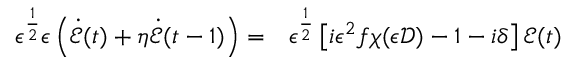
\begin{array} { r l } { \epsilon ^ { \frac { 1 } { 2 } } \epsilon \left( \dot { \mathcal { E } } ( t ) + \eta \dot { \mathcal { E } } ( t - 1 ) \right) = } & { { } \epsilon ^ { \frac { 1 } { 2 } } \left[ i \epsilon ^ { 2 } f \chi ( \epsilon \mathcal { D } ) - 1 - i \delta \right] \mathcal { E } ( t ) } \end{array}